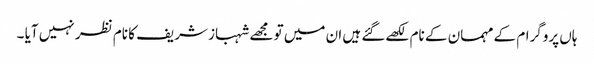
ہاں پروگرام کے مہمان کے نام لکھےگئے ہیں ان میں تو مجھے شہباز شریف کا نام نظر نہیں آیا ۔